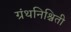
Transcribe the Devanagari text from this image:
ग्रंथनिश्चिती